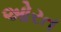
ઓરત